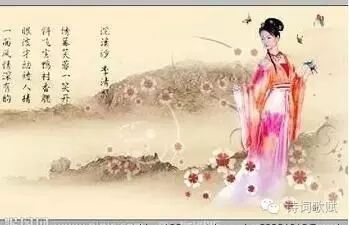
琼楼玉宇。分明不受人间暑。寻常岂是无三五。